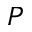
P